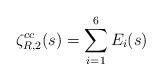
LaTeX: \begin{align*}\zeta_{R, 2}^{cc}(s) = \sum_{i=1}^6 E_i(s)\end{align*}